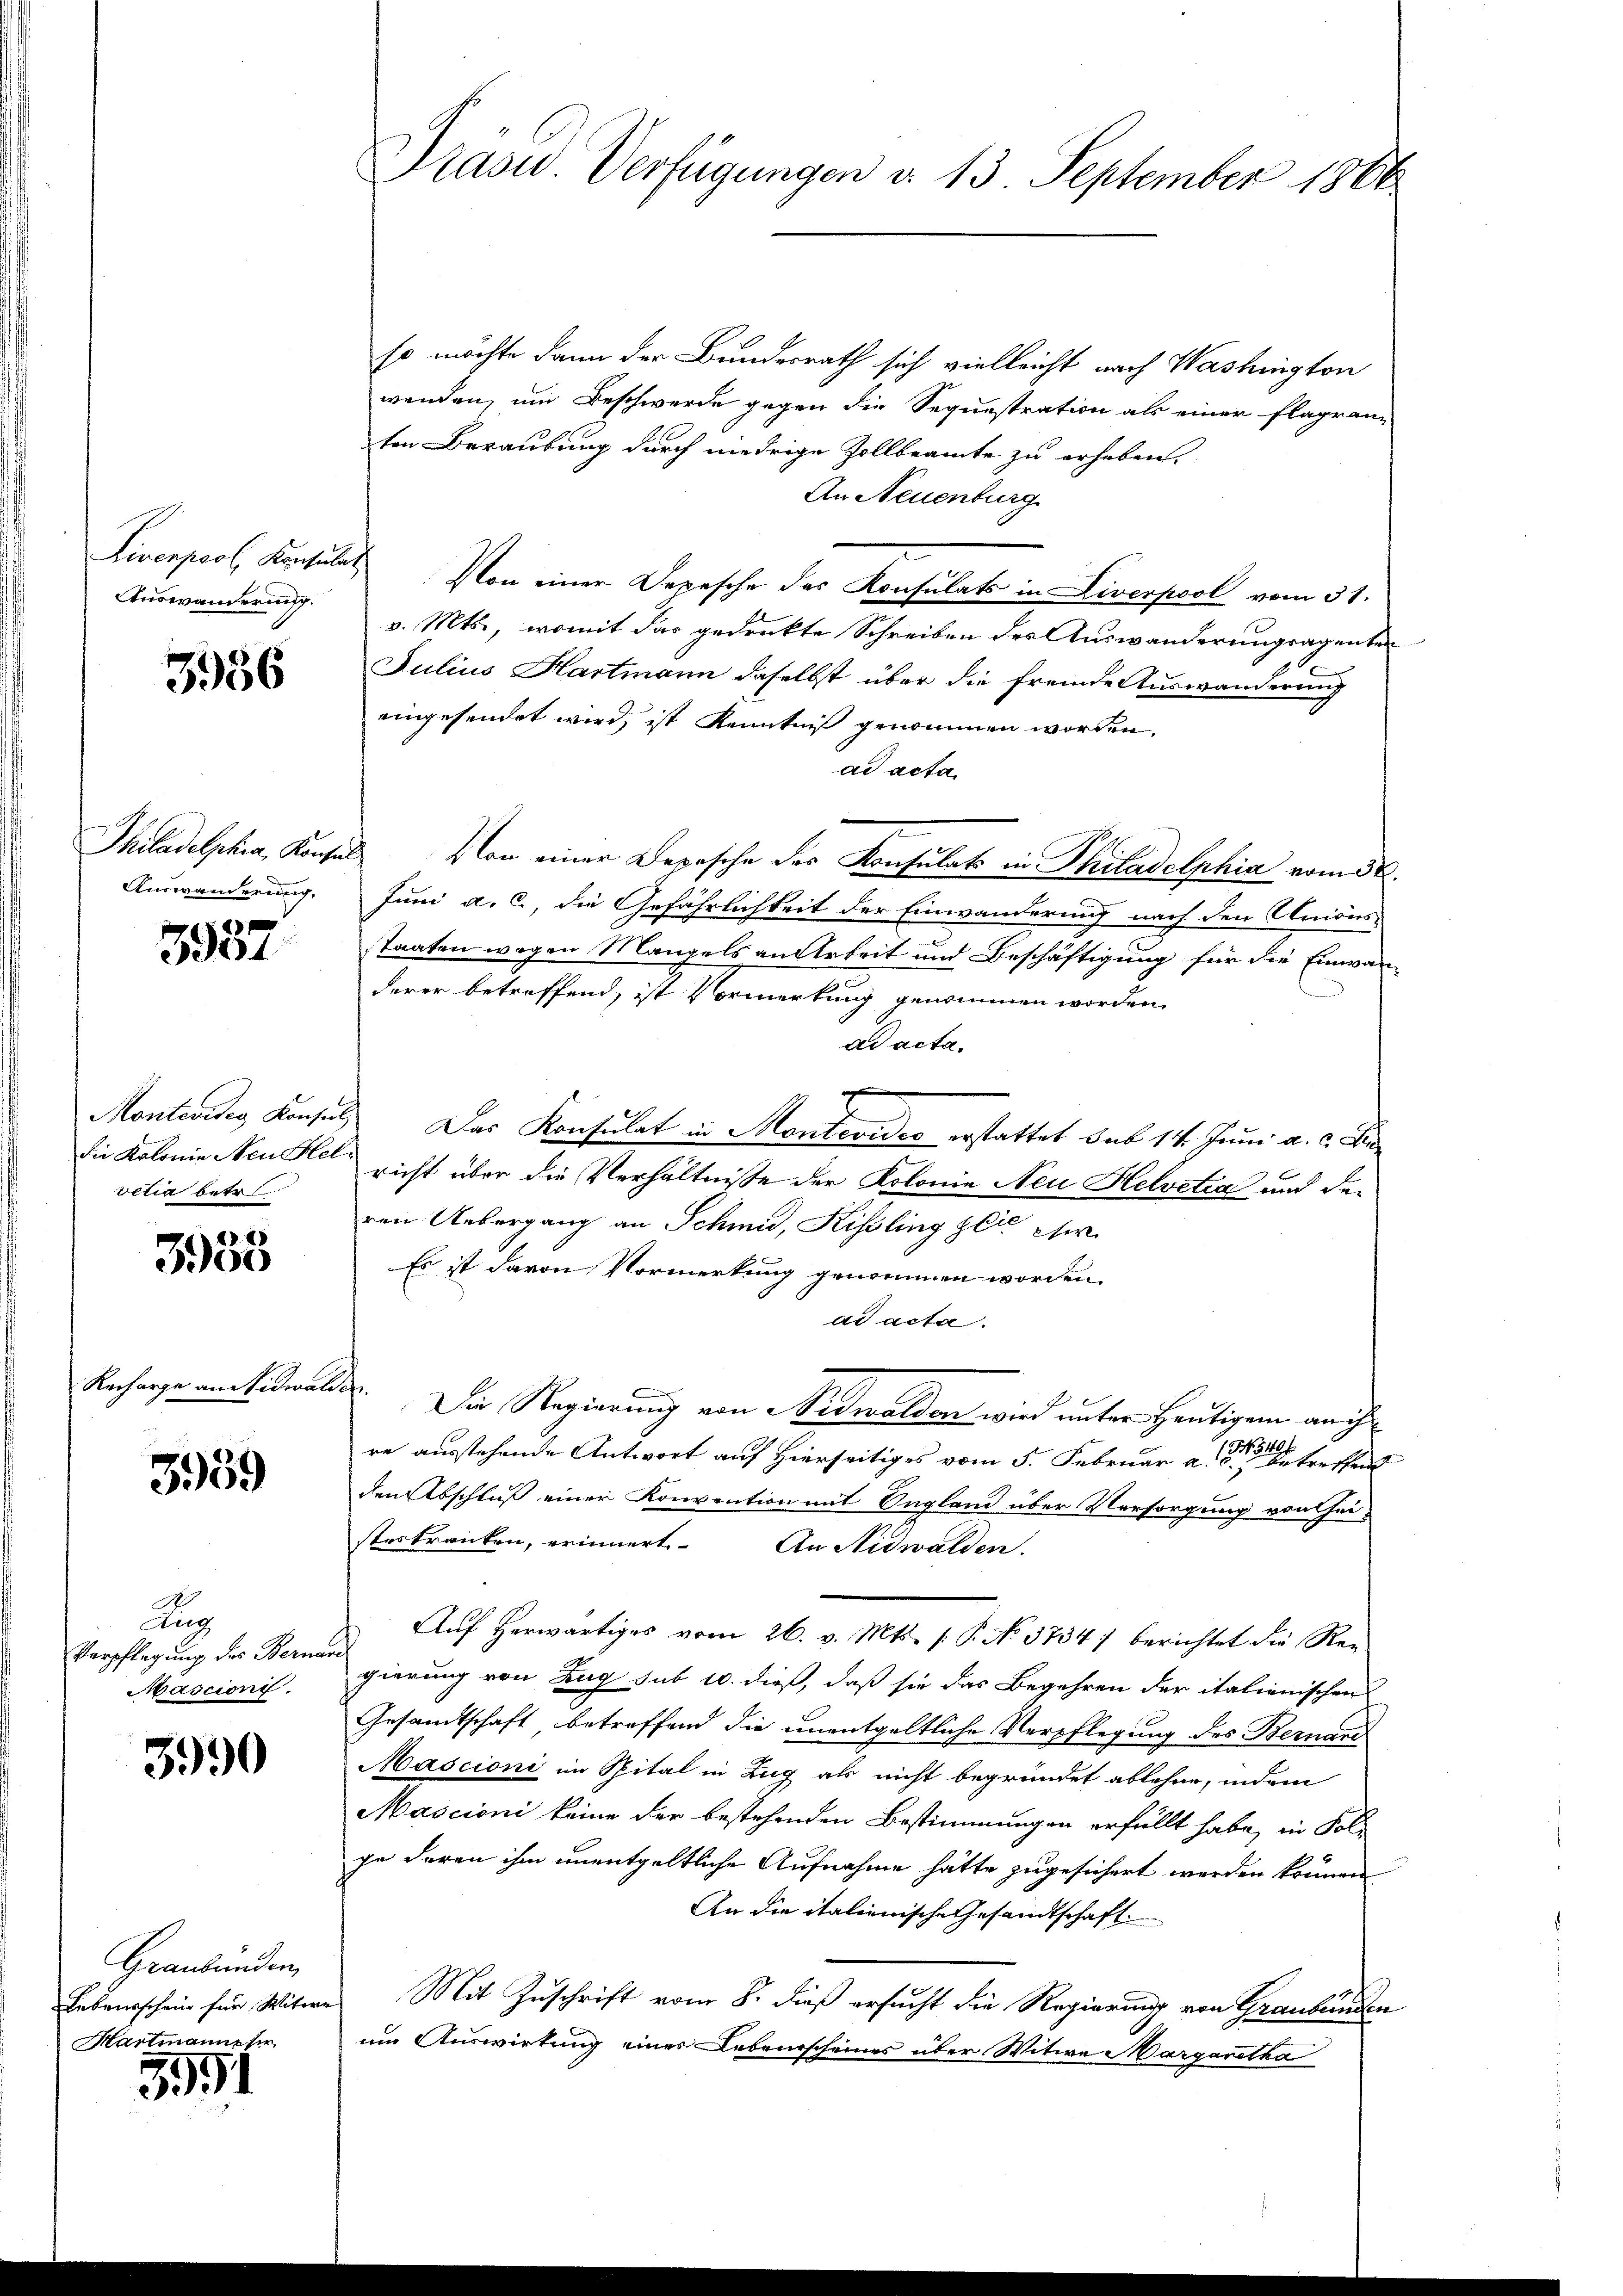
Liverpool. Konsulat
Auswanderung.

3956

Auswanderung,

3987.

vetia betr

e) 2)
3900

Recharge an Nidwal

3959

Aug
Verpflegung des Bernen
Mascioni.

3990

Graubünden,
Lebensschein für Witwe
Hartmanneser

591

Präsid. Verfügungen a. 13. September 1806

so möchte dann der Bundesrath sich vielleicht nach Washington
wenden, um Beschwerde gegen die Sequestration als einer Flagran-
ten Beraubung durch niedrige Zollbeamte zu erheben.
An Neuenburg
Von einer Depesche des Konsulats in Liverpool vom 31.
v. Mts., womit das gedenkte Schreiben des Auswanderungsagenten
Julius Hartmann daselbst über die fremde Auswanderung
eingesendet wird, ist Kenntniß genommen worden.
ad acta
Philadelphia, Konsul an einer Depesche der Konsulats in Philadelphia vom 30.
Juni a. c., die Gefährlichkeit der Einwanderung nach den Unions-
staaten wegen Mangels an Arbeit und Beschäftigung für die Einwan-
derer betreffend, ist Vormerkung genommen worden.
ad acta.
Montevites Konsul Das Konsulat in Montevideo erstattet sub 14. Juni a. c.
die Kolonie Neustel nicht über die Verhältnisse der Kolonie Neu Helvetia und der
ren Uebergang an Schmid, Kisling zeicher
Es ist davon Vormerkung genommen worden.
ad acta.
u
Die Regierung von Nidwalden wird unter heutigen an ih
346.
re ausstehende Antwort auf Hierseitiges vom 5. Februar a. der Betreffend
den Abschluß einer Konvention mit Ungland über Versorgung von Heisterkranken, erinnert. An Nidwalden.
Aŭf herwärtiges vom 26. v. Mts. 1. P. No 3734) berichtet die Rei-
gierung von Zug sub 10. dieß, daß sie das Begehren der italienischen
Gesamtschaft betreffend die unentgeltliche Verpflegung des Bernand
Mascioni im Spital in Zug als nicht begründet ablehne, indem
Mascioni keine der bestehenden Bestimmungen erfüllt habe, in Fol-
ga deren ihm unentgeltliche Aufnahme hätte zugesichert werden können
An die italienische Gesandtschaft
Mit Zuschrift vom 8. dieß ersucht die Regierung von Graubünden
um Auswirtung eines Lebensscheines über Witwe Margaretha